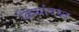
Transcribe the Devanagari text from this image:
क्रियांवय्न